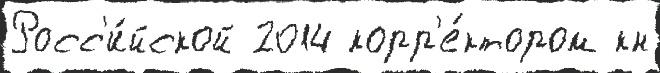
Росс'и́йской 2014 корр'е́ктором кн